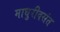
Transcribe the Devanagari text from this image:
माधुरीवसंत